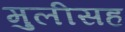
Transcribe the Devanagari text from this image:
मुलीसह